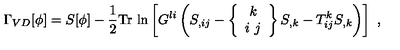
\Gamma _ { V D } [ \phi ] = S [ \phi ] - \frac { 1 } { 2 } \mathrm { T r \ l n } \left[ G ^ { l i } \left( S _ { , i j } - \left\{ \begin{array} { c } { k } \\ { i \ j } \\ \end{array} \right\} S _ { , k } - T _ { i j } ^ { k } S _ { , k } \right) \right] \ ,